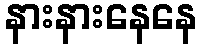
နားနားနေနေ